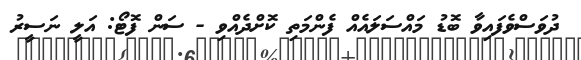
ދުވަސްވެފައިވާ ބޮޑު މައްސަލައެއް ފެންމަތި ކޮށްދެއްވި - ސަން ފޮޓޯޯ: އަލީ ނަސީރު